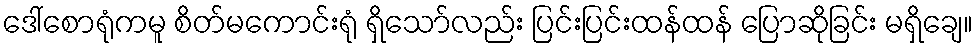
ဒေါ်စောရုံကမူ စိတ်မကောင်းရုံ ရှိသော်လည်း ပြင်းပြင်းထန်ထန် ပြောဆိုခြင်း မရှိချေ။